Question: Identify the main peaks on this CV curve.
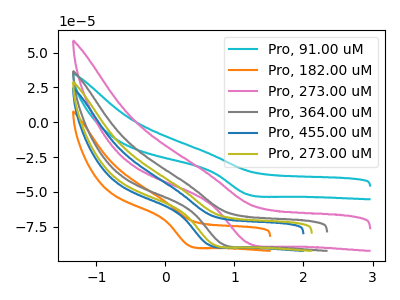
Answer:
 <answer>The cyan curve "Pro, 91.00 uM" has a cathodic peak at: (1.20V, -51.60uA). The orange curve "Pro, 182.00 uM" has a cathodic peak at: (0.35V, -88.20uA). The pink curve "Pro, 273.00 uM" has a cathodic peak at: (1.20V, -86.15uA). The gray curve "Pro, 364.00 uM" has a cathodic peak at: (0.80V, -87.00uA). The blue curve "Pro, 455.00 uM" has a cathodic peak at: (0.60V, -87.50uA). The olive curve "Pro, 273.00 uM" has a cathodic peak at: (0.70V, -87.30uA).</answer>
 <eval></eval>